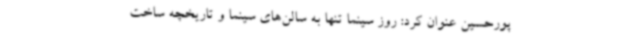
پورحسین عنوان کرد: روز سینما تنها به سالن‌های سینما و تاریخچه ساخت